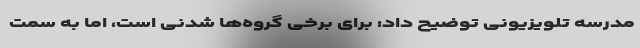
مدرسه تلویزیونی توضیح داد: برای برخی گروه‌ها شدنی است، اما به سمت